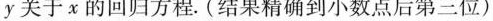
y关于x的回归方程。(结果精确到小数点后第三位)